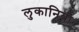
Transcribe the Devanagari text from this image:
लुकानिया